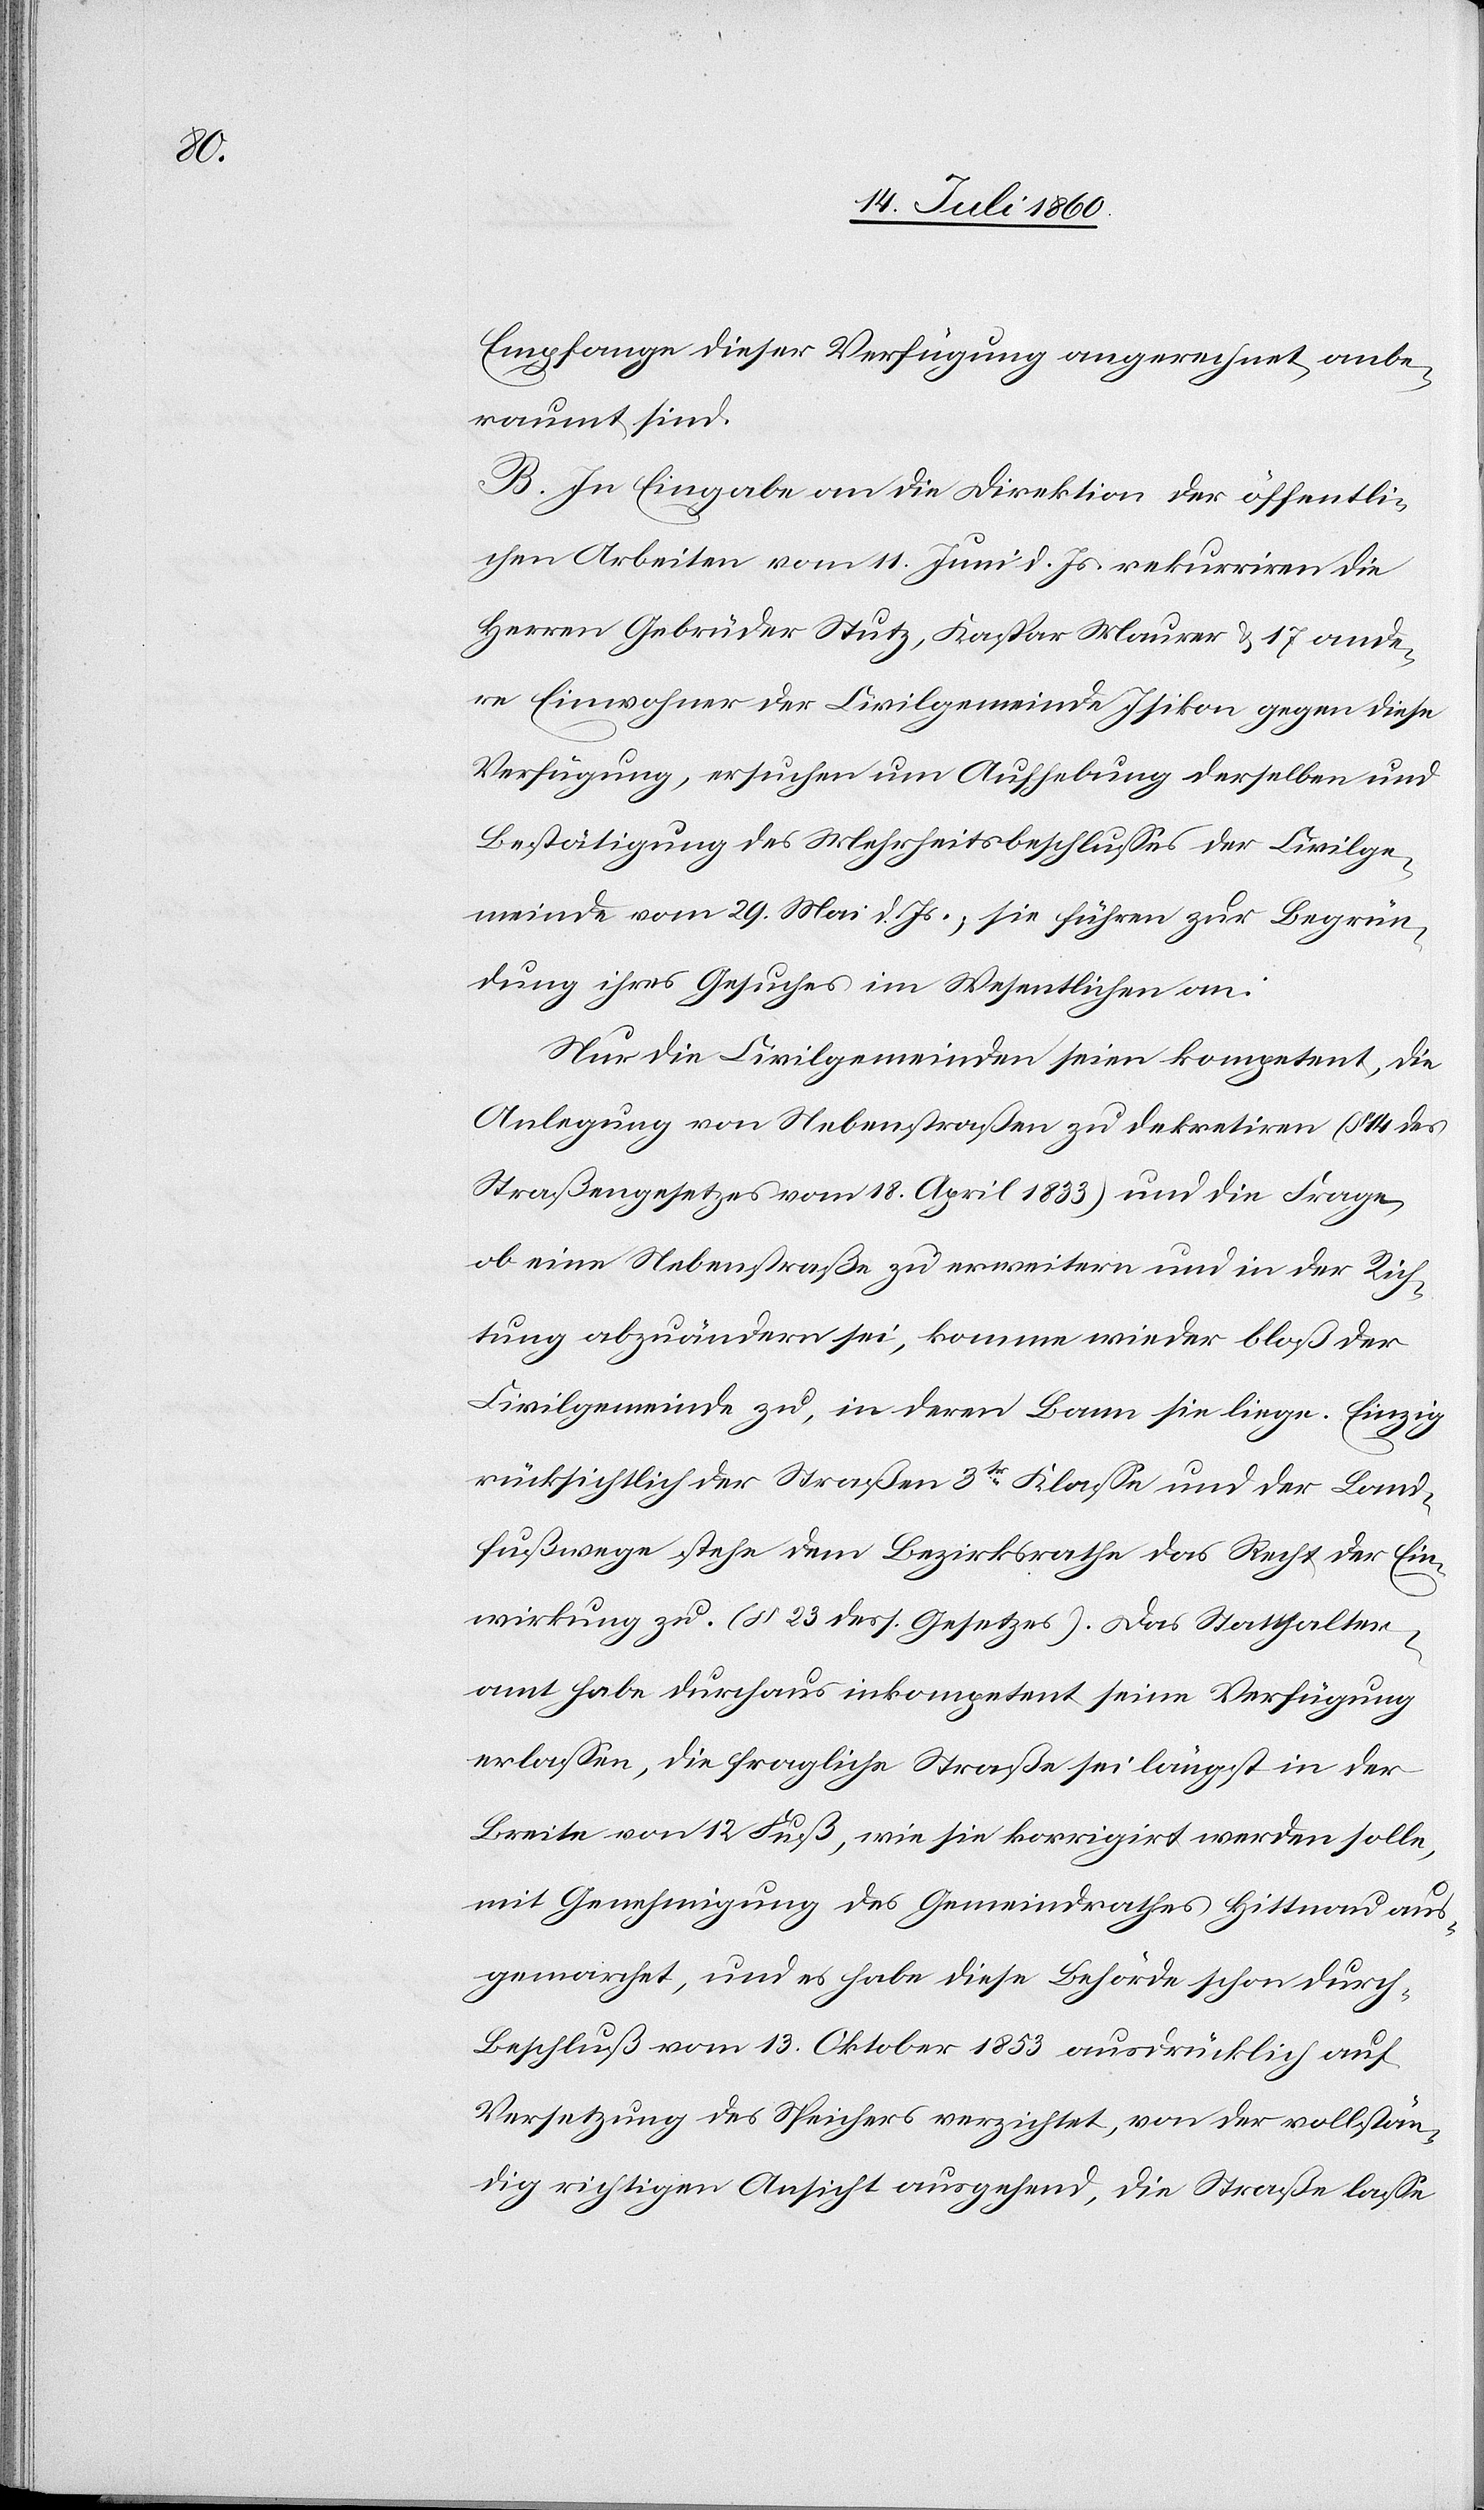
Empfange dieser Verfügung angerechnet, anbe¬
raumt sind.[“]
B. In Eingabe an die Direktion der öffentli¬
chen Arbeiten vom 11. Juni d. Js. rekurriren die
Herren Gebrüder Stutz, Kaspar Maurer & 17 ande¬
re Einwohner der Civilgemeinde Isikon gegen diese
Verfügung, ersuchen um Aufhebung derselben und
Bestätigung des Mehrheitsbeschlusses der Civilge¬
meinde vom 29. Mai d. Js.; sie führen zur Begrün¬
dung ihres Gesuches im Wesentlichen an:
Nur die Civilgemeinden seien kompetent, die
Anlegung von Nebenstraßen zu dekretiren (§ 14 des
Straßengesetzes vom 18. April 1833) und die Frage,
ob eine Nebenstraße zu erweitern und in der Rich¬
tung abzuändern sei, komme wieder bloß der
Civilgemeinde zu, in deren Bann sie liege. Einzig
rücksichtlich der Straßen 3tr. Klasse und der Land¬
fußwege stehe dem Bezirksrathe das Recht der Ein¬
wirkung zu. (§ 23 dess. Gesetzes). Das Statthalter¬
amt habe durchaus inkompetent seine Verfügung
erlassen, die fragliche Straße sei längst in der
Breite von 12 Fuß, wie sie korrigirt werden solle,
mit Genehmigung des Gemeindrathes Hittnau aus¬
gemarchet, und es habe diese Behörde schon durch
Beschluß vom 13. Oktober 1853 ausdrücklich auf
Versetzung des Speichers verzichtet, von der vollstän¬
dig richtigen Ansicht ausgehend, die Straße lasse